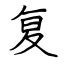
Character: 复